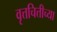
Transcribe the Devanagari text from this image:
वृत्तचित्तीच्या